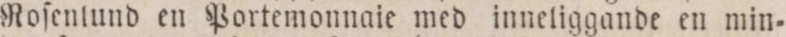
Roſenlund en Portemonnaie med inneliggande en min=